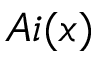
A i ( x )